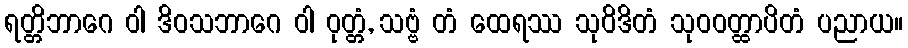
ရတ္တိဘာဂေ ဝါ ဒိဝသဘာဂေ ဝါ ဝုတ္တံ, သဗ္ဗံ တံ ထေရဿ သုဝိဒိတံ သုဝဝတ္ထာပိတံ ပညာယ။